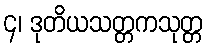
၄၊ ဒုတိယသတ္တကသုတ္တ